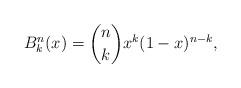
LaTeX: \begin{align*} B_{k}^{n}(x)=\binom {n}{k} x^{k}(1-x)^{n-k}, \end{align*}